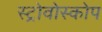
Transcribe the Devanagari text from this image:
स्ट्रोवोस्कोप